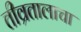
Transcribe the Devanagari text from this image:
तीव्रतालाचा